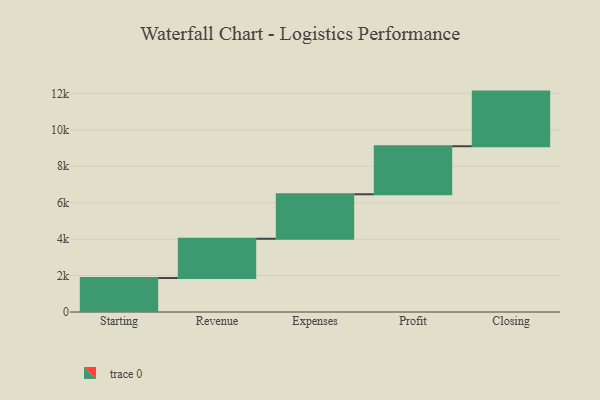
{"axis": {"x": "Step", "y": "Value"}, "legend": [""], "data": [{"x": "Starting", "y": 1865.0, "type": ""}, {"x": "Revenue", "y": 2156.0, "type": ""}, {"x": "Expenses", "y": 2443.0, "type": ""}, {"x": "Profit", "y": 2636.0, "type": ""}, {"x": "Closing", "y": 3000, "type": ""}]}